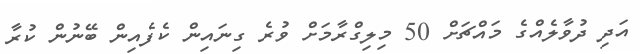
އަދި ދުވާލެއްގެ މައްޗަށް 50 މިލިގްރާމަށް ވުރެ ގިނައިން ކެފެއިން ބޭނުން ކުރާ